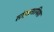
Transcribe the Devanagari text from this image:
तोख़्तामिश